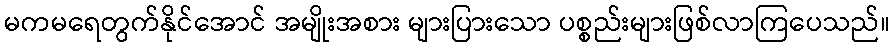
မကမရေတွက်နိုင်အောင် အမျိုးအစား များပြားသော ပစ္စည်းများဖြစ်လာကြပေသည်။